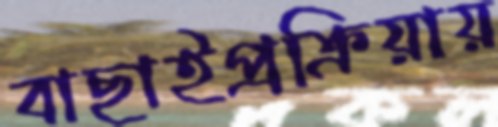
বাছাইপ্রক্রিয়ায়